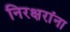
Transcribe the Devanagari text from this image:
निरक्षरांना